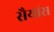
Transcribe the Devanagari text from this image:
सैयांस